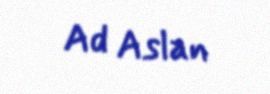
Ad Aslan